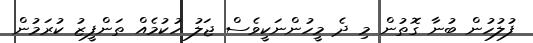
ފުލުހުން ބުނާ ގޮތުން މި ދެ މީހުންނަކީވެސް ޖަލު ހުކުމެއް ތަންފީޒު ކުރަމުން